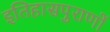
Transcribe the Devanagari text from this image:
इतिहासपुराणों